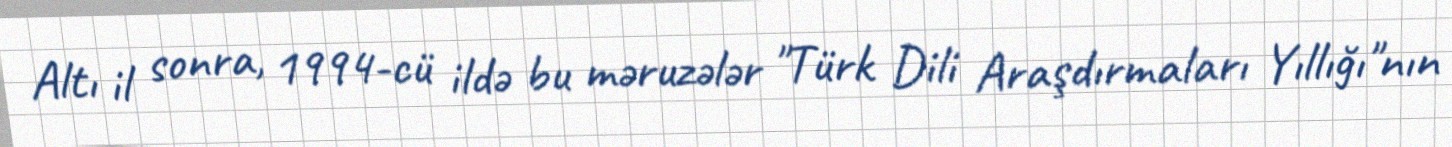
Altı il sonra, 1994-cü ildə bu məruzələr "Türk Dili Araşdırmaları Yıllığı"nın